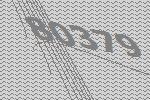
80379